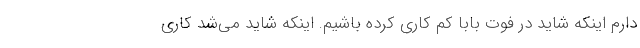
دارم اینکه شاید در فوت بابا کم کاری کرده باشیم. اینکه شاید می‌شد کاری